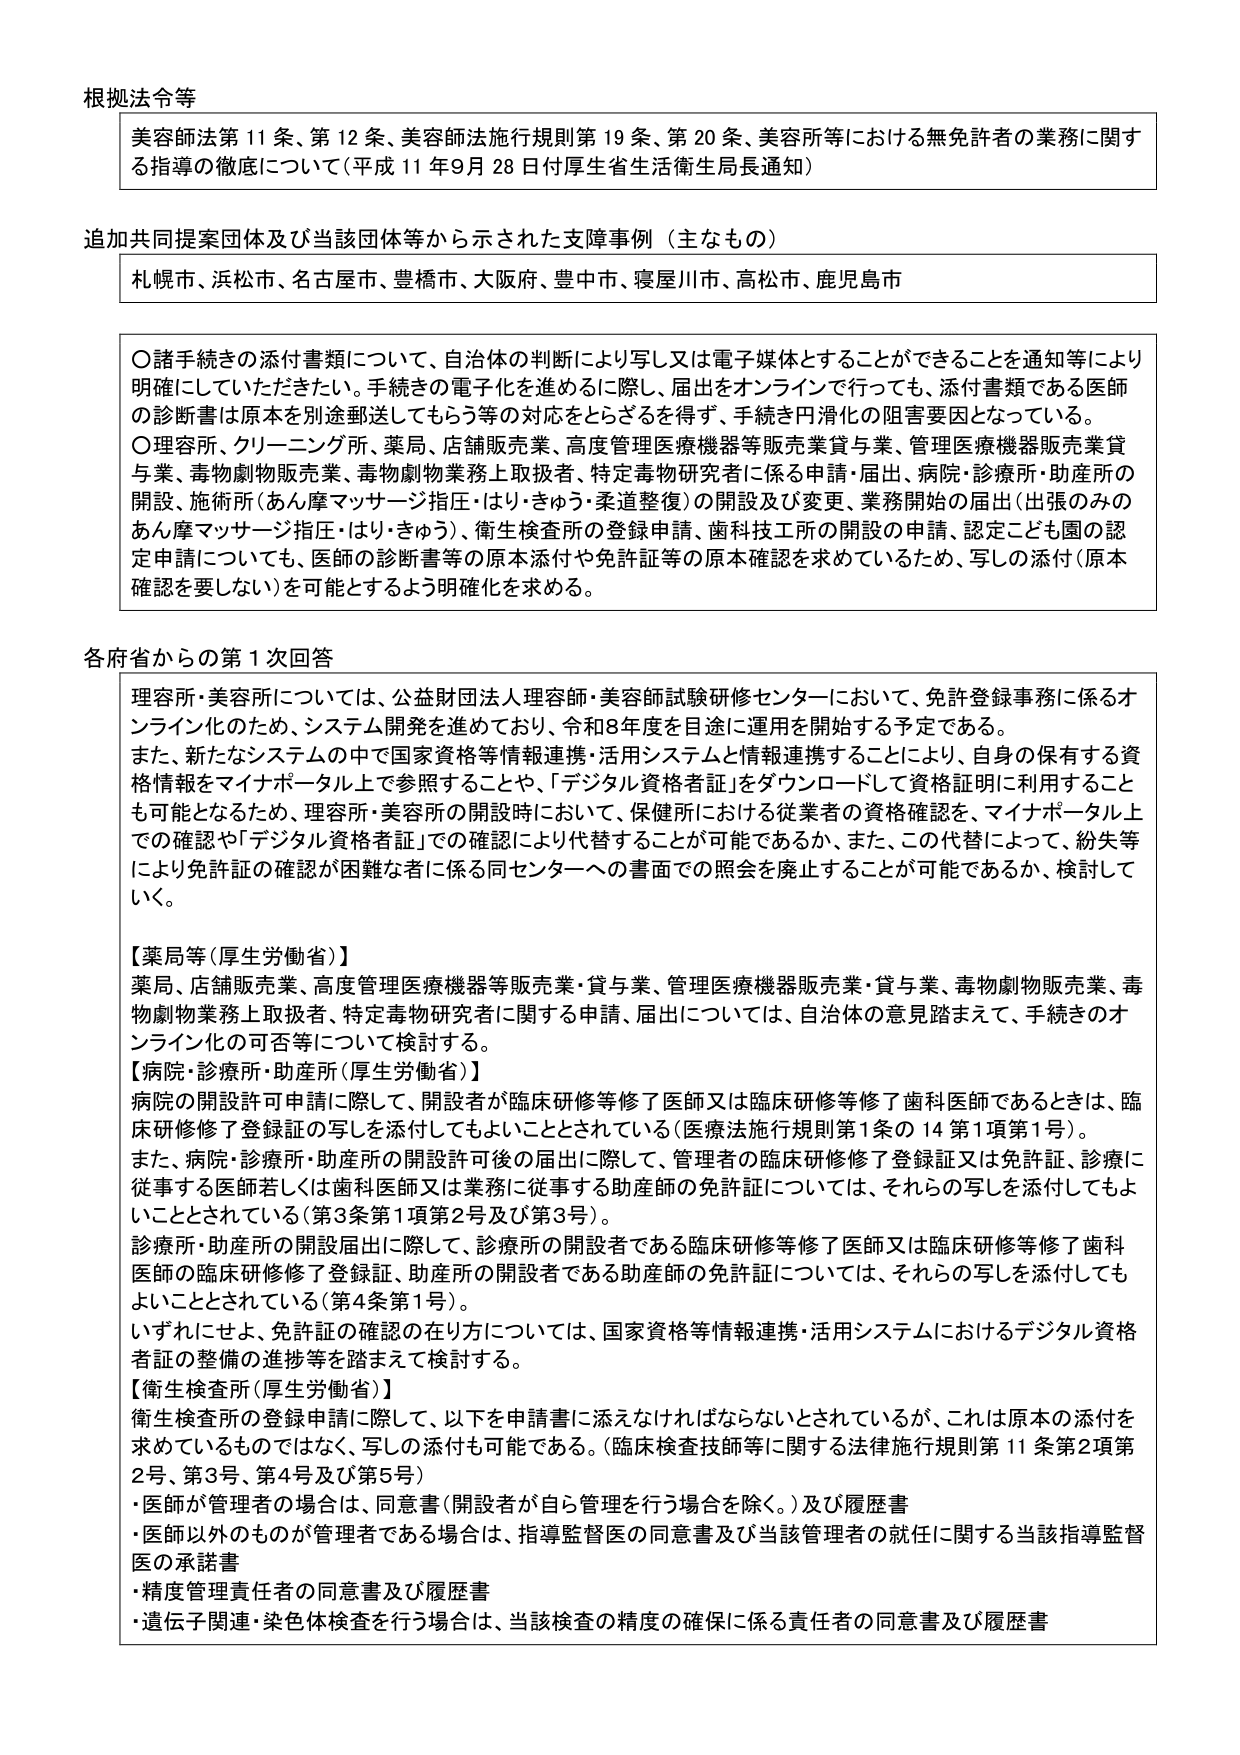
根拠法令等
美容師法第11条、第12条、美容師法施行規則第19条、第20条、美容所等における無免許者の業務に関する指導の徹底について（平成11年9月28日付厚生省生活衛生局長通知）

追加共同提案団体及び当該団体等から示された支障事例（主なもの）
札幌市、浜松市、名古屋市、豊橋市、大阪府、豊中市、寝屋川市、高松市、鹿児島市

〇諸手続きの添付書類について、自治体の判断により写し又は電子媒体とすることができることを通知等により明確にしていただきたい。手続きの電子化を進めるに際し、届出をオンラインで行っても、添付書類である医師の診断書は原本を別途郵送してもらう等の対応をとらざるを得ず、手続きが円滑化の阻害要因となっている。
〇理容所、クリーニング所、薬局、店舗販売業、高度管理医療機器等販売業貸与業、管理医療機器販売業貸与業、毒物劇物販売業、毒物劇物業務上取扱者、特定毒物研究者に係る申請・届出、病院・診療所・助産所の開設、施術所（あん摩マッサージ指圧・はり・きゅう・柔道整復）の開設及び変更、業務開始の届出（出張のみのあん摩マッサージ指圧・はり・きゅう）、衛生検査所の登録申請、歯科技工所の開設の申請、認定こども園の認定申請についても、医師の診断書等の原本添付や免許証等の原本確認を求めているため、写しの添付（原本確認を要しない）を可能とするよう明確化を求める。

各府省からの第1次回答
理容所・美容所については、公益財団法人理容師・美容師試験研修センターにおいて、免許登録事務に係るオンライン化のため、システム開発を進めており、令和8年度を目途に運用を開始する予定である。
また、新たなシステムの中で国家資格等情報連携・活用システムと情報連携することにより、自身の保有する資格情報をマイナポータル上で参照することや、「デジタル資格者証」をダウンロードして資格証明に利用することも可能となるため、理容所・美容所の開設時において、保健所における従業者の資格確認を、マイナポータル上での確認と「デジタル資格者証」での確認により代替することが可能であるか、また、この代替によって、紛失等により免許証の確認が困難な者に係る同センターへの書面での照会を廃止することが可能であるか、検討していく。

【薬局等（厚生労働省）】
薬局、店舗販売業、高度管理医療機器等販売業・貸与業、管理医療機器販売業・貸与業、毒物劇物販売業、毒物劇物業務上取扱者、特定毒物研究者に関する申請、届出については、自治体の意見踏まえて、手続きのオンライン化の可否等について検討する。

【病院・診療所・助産所（厚生労働省）】
病院の開設許可申請に際して、開設者が臨床研修等修了医師又は臨床研修等修了歯科医師であるときは、臨床研修修了登録証の写しを添付してもよいこととされている（医療法施行規則第1条の14第1項第1号）。
また、病院・診療所・助産所の開設許可後の届出に際して、管理者の臨床研修修了登録証又は免許証、診療に従事する医師若しくは歯科医師又は業務に従事する助産師の免許証については、それらの写しを添付してもよいこととされている（第3条第1項第2号及び第3号）。
診療所・助産所の開設届出に際して、診療所の開設者である臨床研修等修了医師又は臨床研修等修了歯科医師の臨床研修修了登録証、助産所の開設者である助産師の免許証については、それらの写しを添付してもよいこととされている（第4条第1号）。
いずれにせよ、免許証の確認の在り方については、国家資格等情報連携・活用システムにおけるデジタル資格者証の整備の進捗等を踏まえて検討する。

【衛生検査所（厚生労働省）】
衛生検査所の登録申請に際して、以下を申請書に添えなければならないとされているが、これは原本の添付を求めているものではなく、写しの添付も可能である。（臨床検査技師等に関する法律施行規則第11条第2項第2号、第3号、第4号及び第5号）
・医師が管理者の場合は、同意書（開設者が自ら管理を行う場合を除く。）及び履歴書
・医師以外のものが管理者である場合は、指導監督医の同意書及び当該管理者の就任に関する当該指導監督医の承諾書
・精度管理責任者の同意書及び履歴書
・遺伝子関連・染色体検査を行う場合は、当該検査の精度の確保に係る責任者の同意書及び履歴書